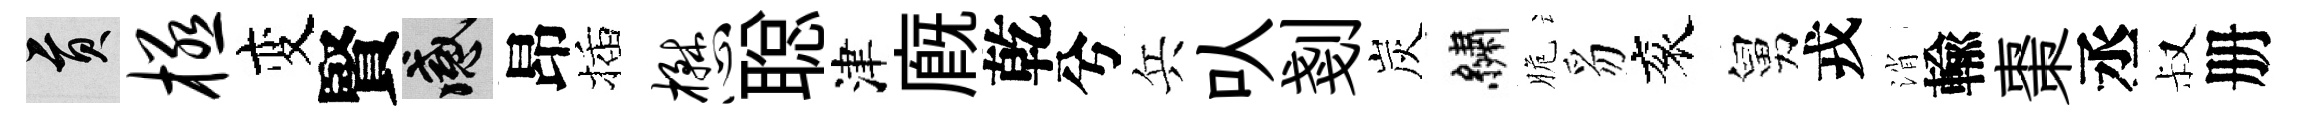
貢极变賢感昂插懋聪津廐乾兮兵㕥剗炭繡脆豸衮舅戎消輸棗丞叔册